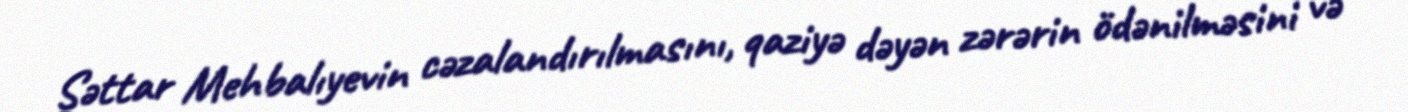
Səttar Mehbalıyevin cəzalandırılmasını, qaziyə dəyən zərərin ödənilməsini və